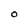
Character: O